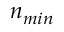
n _ { m i n }